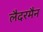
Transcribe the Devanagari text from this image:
लैदरमैन